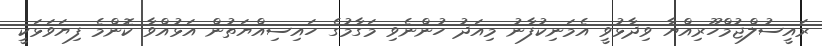
ރައީސުލްޖުމްހޫރިއްޔާ ވިދާޅުވީ އެމަނިކުފާނު މިއަދު ހުންނެވި މަގާމުގެ ހައިސިއްޔަތުން އަޅުއްވާ ކޮންމެ ފިޔަވަޅަކީ